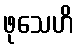
ဖုသေဟိ